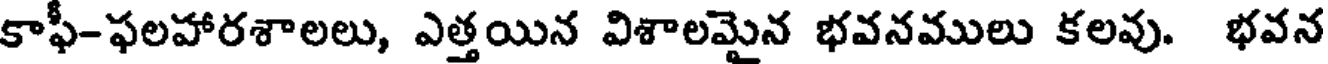
కాఫీ-ఫలహారశాలలు, ఎత్తయిన విశాలమైన భవనములు కలవు. భవన